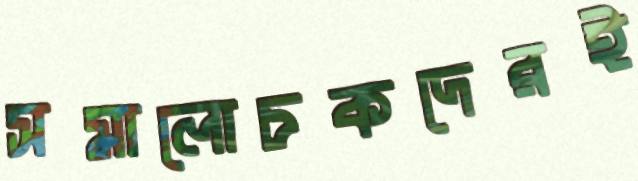
সমালোচকদেরই